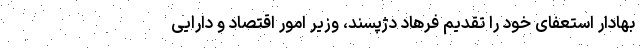
بهادار استعفای خود را تقدیم فرهاد دژپسند، وزیر امور اقتصاد و دارایی